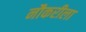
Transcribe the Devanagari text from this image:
नौकरीला